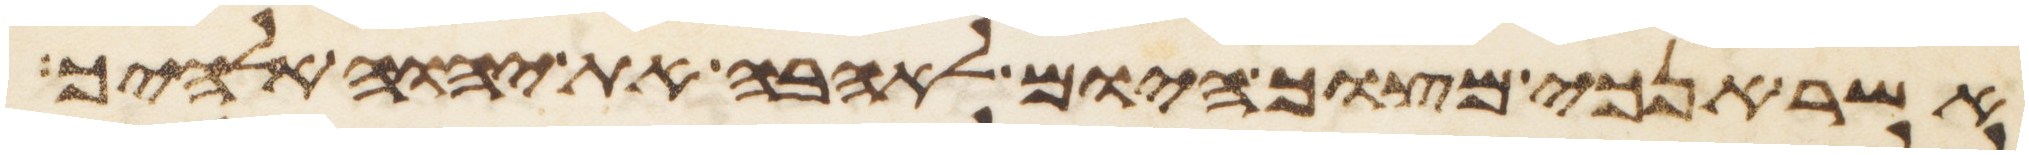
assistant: אשר אנכי מצוך היום לאהבה את יהוה אלהיך